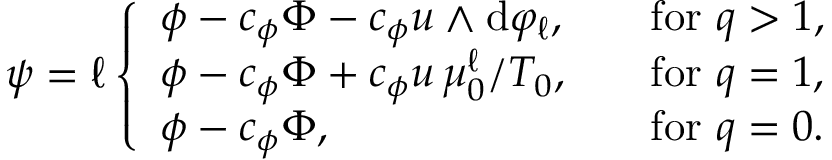
\psi = \ell \left\{ \begin{array} { l l } { \phi - c _ { \phi } \Phi - c _ { \phi } u \wedge \mathrm { d } \varphi _ { \ell } , } & { \quad \mathrm { f o r ~ } q > 1 , } \\ { \phi - c _ { \phi } \Phi + c _ { \phi } u \, \mu _ { 0 } ^ { \ell } / T _ { 0 } , } & { \quad \mathrm { f o r ~ } q = 1 , } \\ { \phi - c _ { \phi } \Phi , } & { \quad \mathrm { f o r ~ } q = 0 . } \end{array} \right.